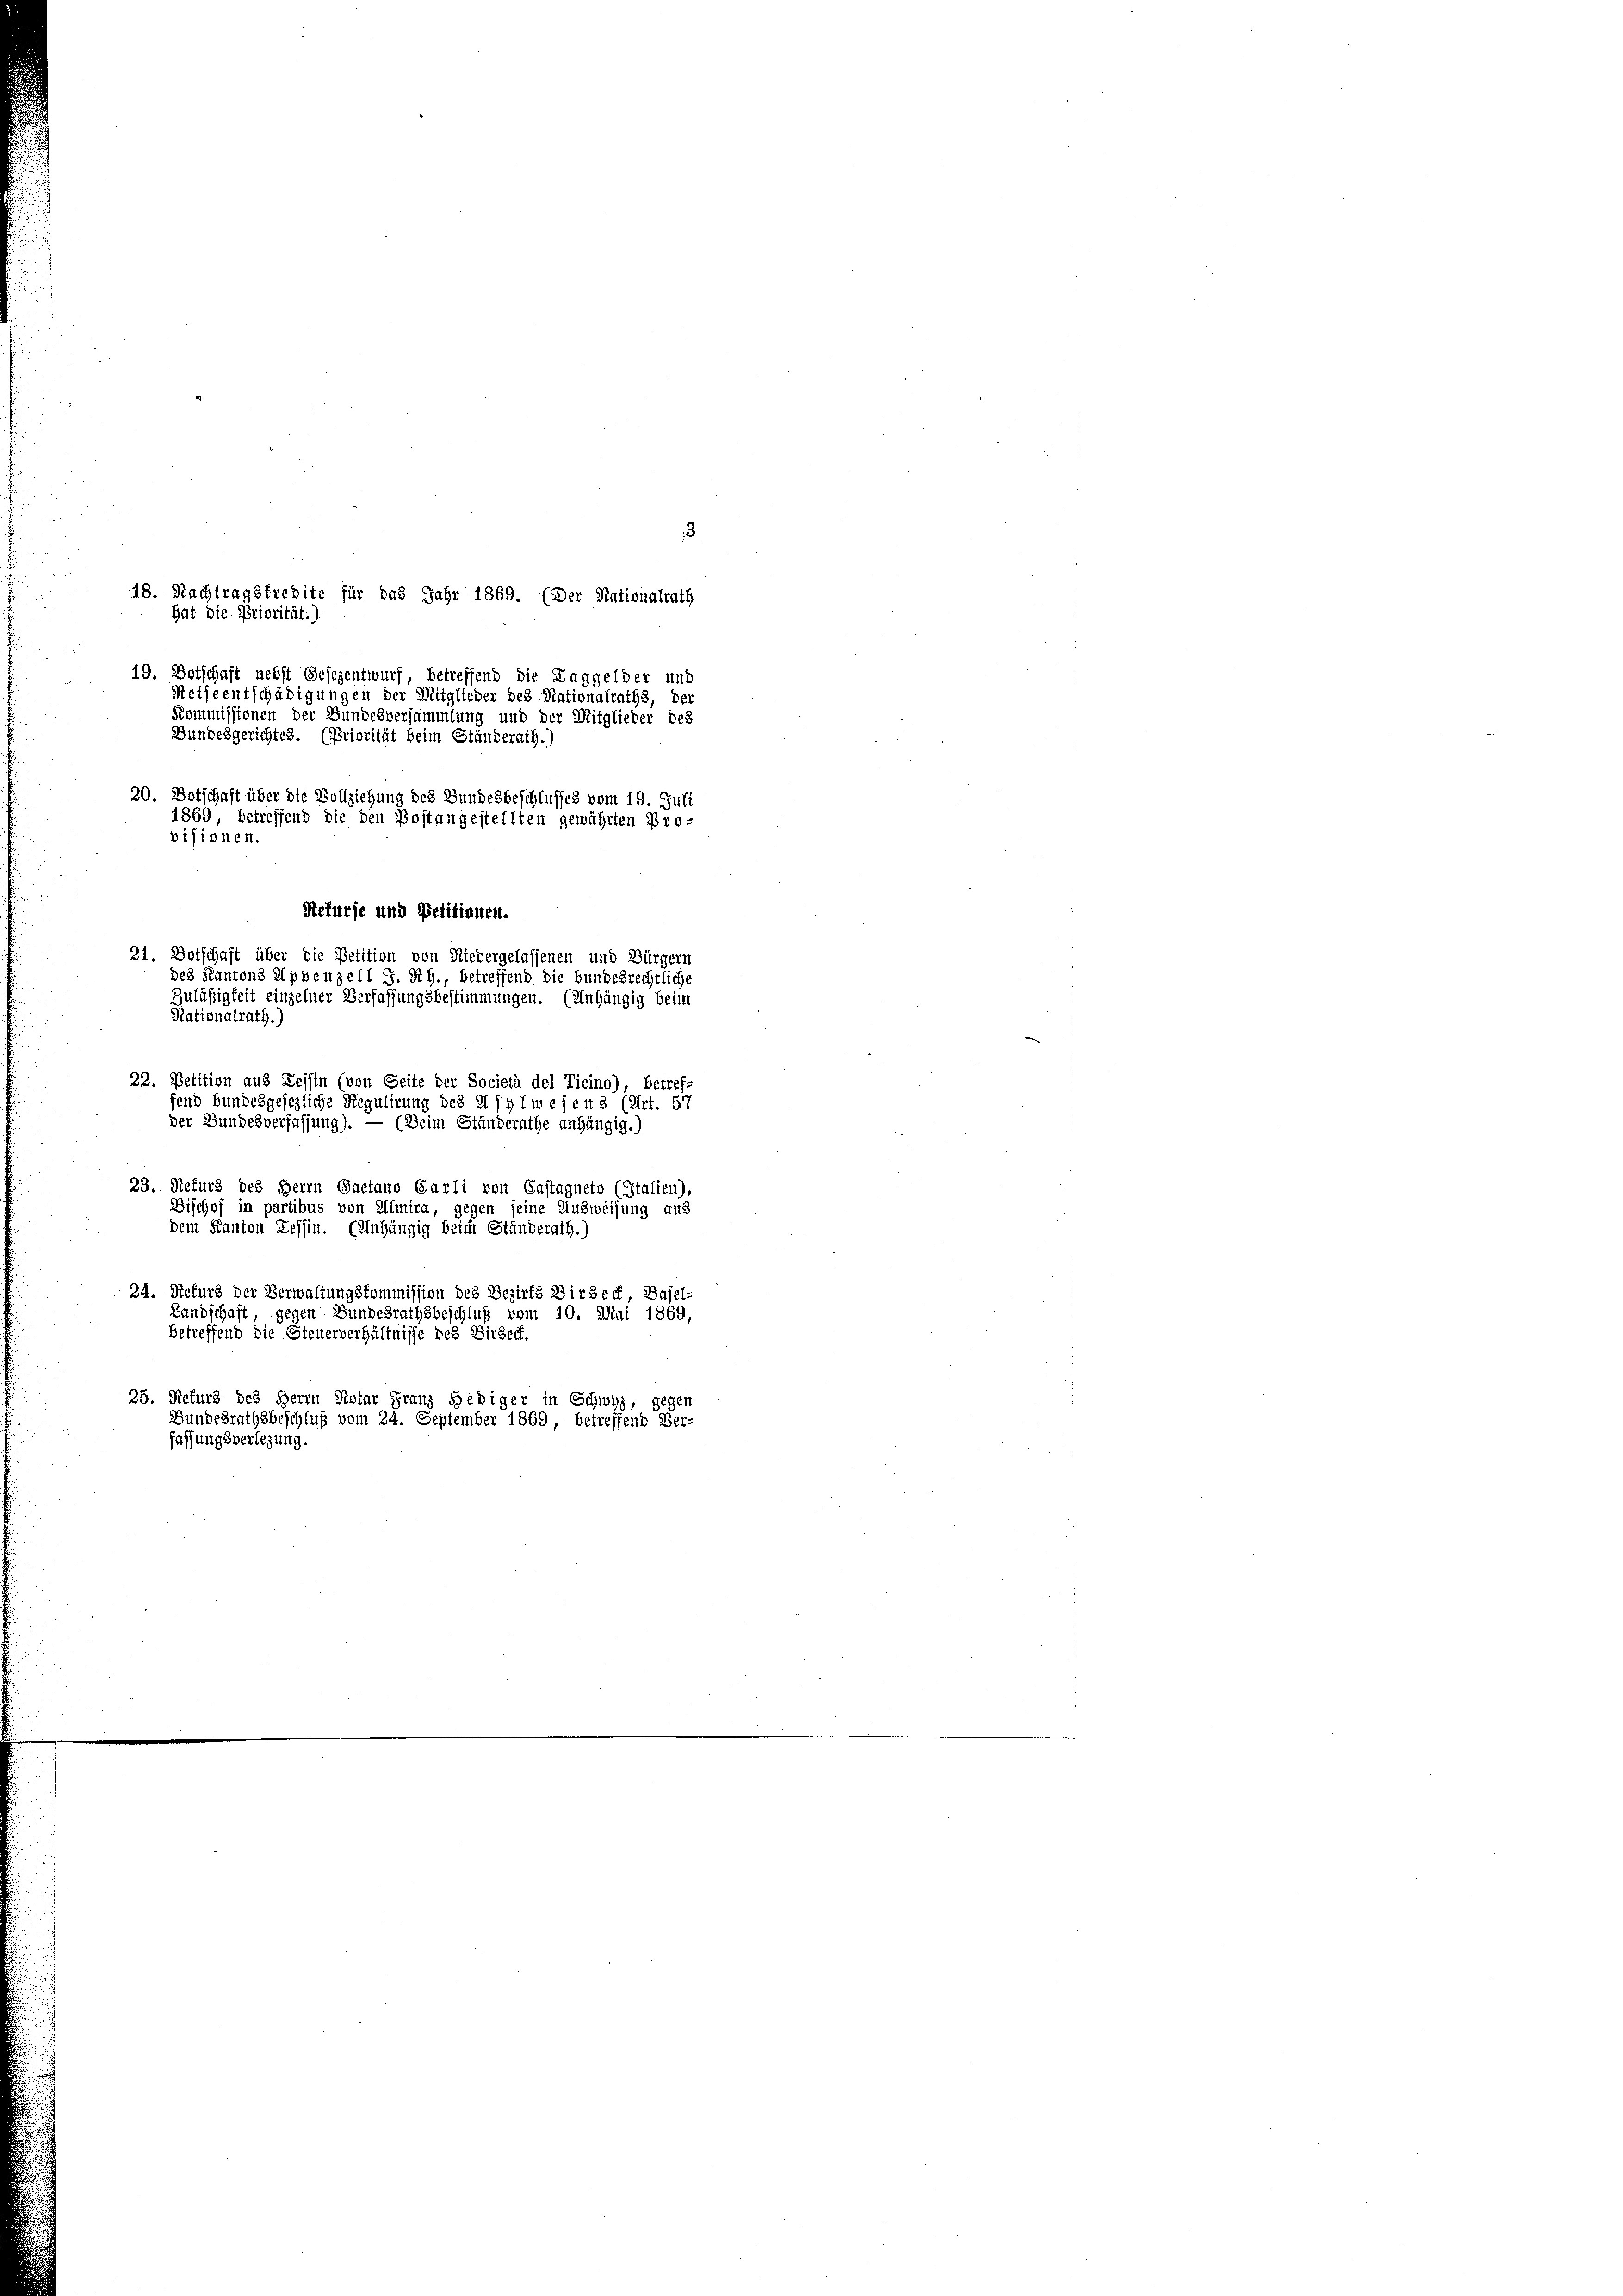
18. Nachtragstredite für das Jahr 1869. (Der Nationalrath
hat die Priorität:)
19. Botschaft nebst Gesezentwurf, betreffend die Laggelder und
Reiseentschädigungen der Mitglieder des Nationalraths, der
Kommissionen der Bundesversammlung und der Mitglieder des
Bundesgerichtes. (Priorität beim Ständerath.)
20. Botschaft über die Vollziehung des Bundesbeschlusses vom 19. Juli
1869, betreffend die den Postangestellten gewährten Provisionen.
Refurse und Petitionen.
21. Botschaft über die Petition von Niedergelassenen und Bürgern
des Kantons Appenzell I. Rh., betreffend die bundesrechtliche
Zuläßigkeit einzelner Verfassungsbestimmungen. (Anhängig beim
Nationalrath.)

3
22. Petition aus Tessin (von Seite der Società del Ticino), betref-
fend bundesgesezliche Regulirung des Sihlwesen 8 (Art. 57
der Bundesverfassung). — (Beim Ständerathe anhängig.)
23. Refurs des Herrn Gaetano Carli von Castagneto (Stalien),
Dischof in partibus von Almira, gegen seine Ausweisung aus
dem Kanton Tessin. (Anhängig beim Ständerath.)
24. Sefurs der Verwaltungskommission des Bezirks Birseck, Basel-
Landschaft, gegen Bundesrathsbeschluß vom 10. Mai 1869,
betreffend die Steuerverhältnisse des Birsect.
25. Refurs des Herrn Notar Franz Hediger in Schwyz, gegen
Bundesrathsbeschluß vom 24. September 1869, betreffend Ber-
fassungsverlegung.